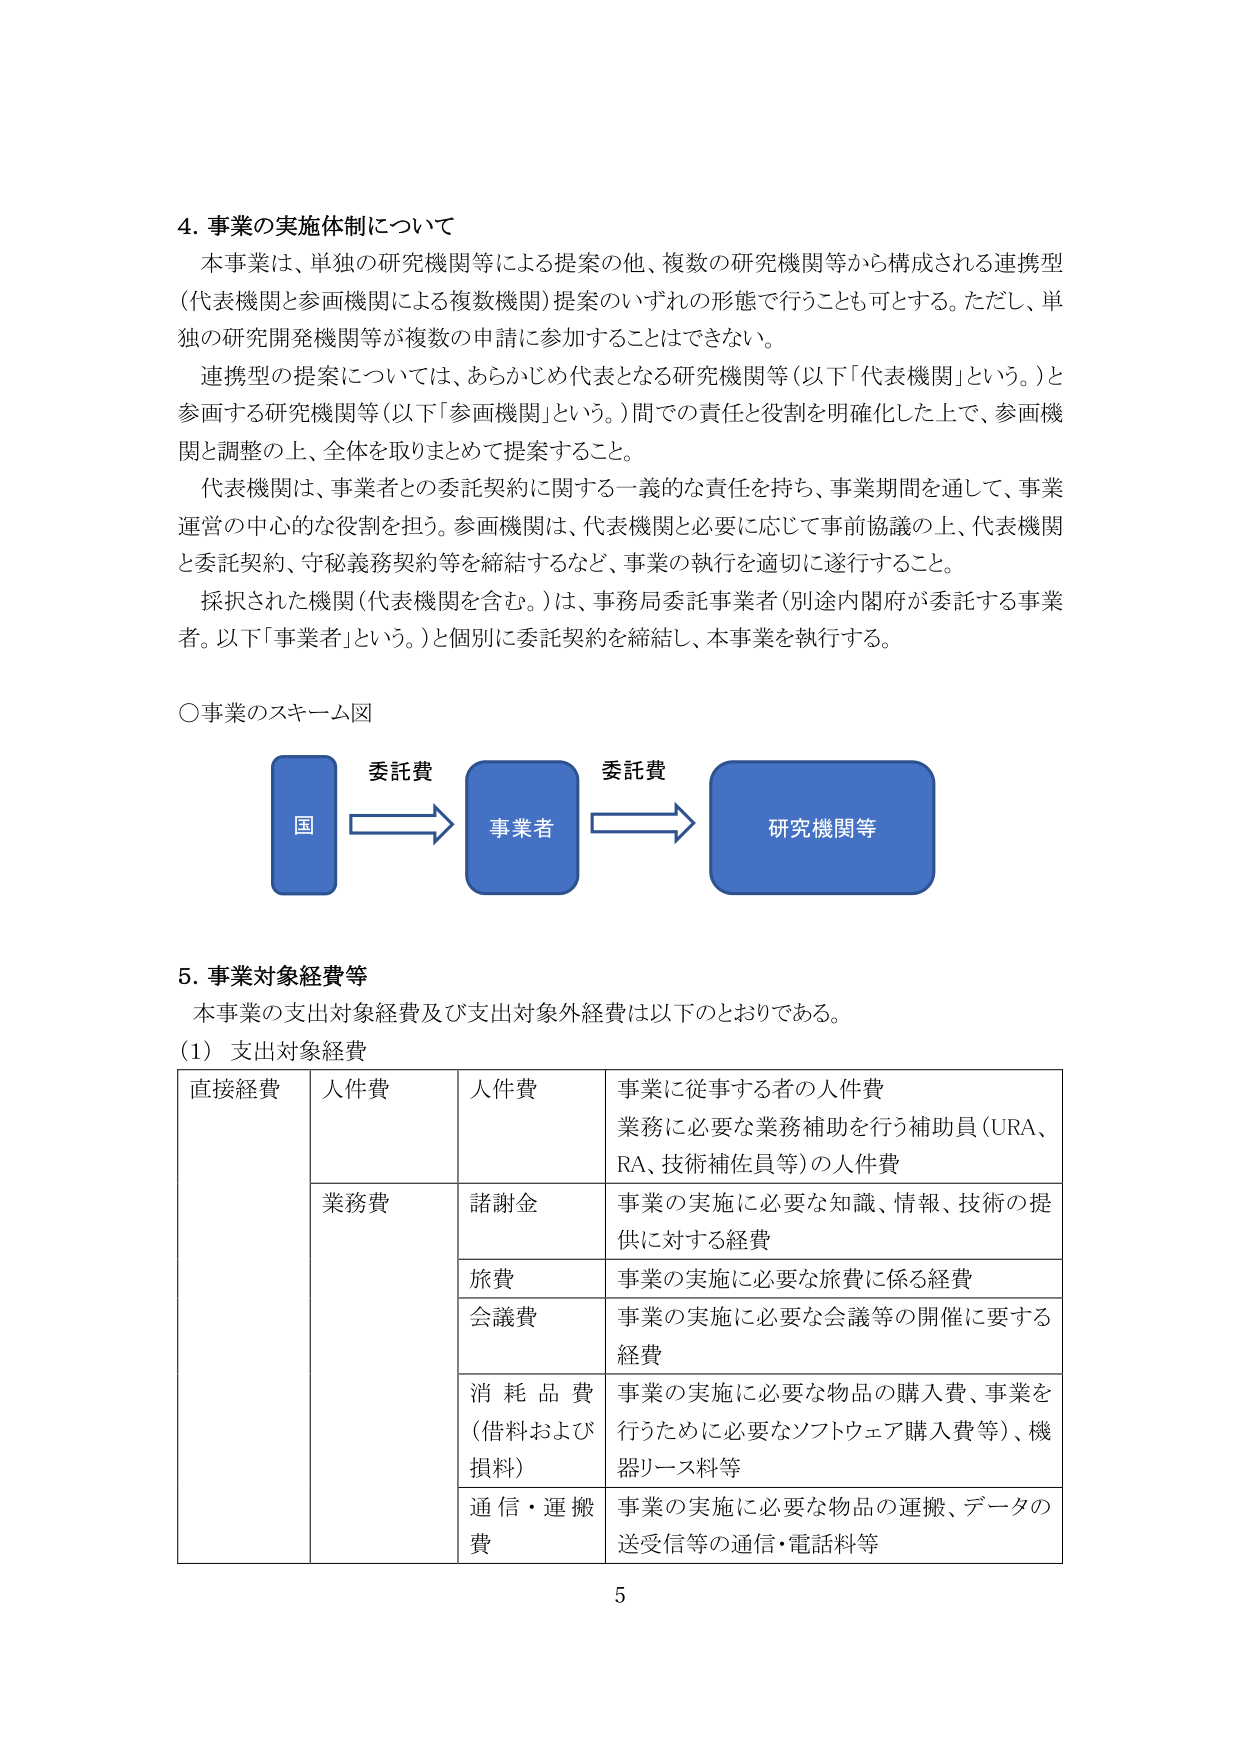
4. 事業の実施体制について
本事業は、単独の研究機関等による提案の他、複数の研究機関等から構成される連携型（代表機関と参画機関による複数機関）提案のいずれの形態で行うことも可とする。ただし、単独の研究開発機関等が複数の申請に参加することはできない。
連携型の提案については、あらかじめ代表となる研究機関等（以下「代表機関」という。）と参画する研究機関等（以下「参画機関」という。）間での責任と役割を明確化した上で、参画機関と調整の上、全体を取りまとめて提案すること。
代表機関は、事業者との委託契約に関する一義的な責任を持ち、事業期間を通じて、事業運営の中心的な役割を担う。参画機関は、代表機関と必要に応じて事前協議の上、代表機関と委託契約、守秘義務契約等を締結するなど、事業の執行を適切に遂行すること。
採択された機関（代表機関を含む。）は、事務局委託事業者（別途内閣府が委託する事業者。以下「事業者」という。）と個別に委託契約を締結し、本事業を執行する。

○事業のスキーム図
国 → 事業者 → 研究機関等
（矢印上に「委託費」の文字が2箇所）

5. 事業対象経費等
本事業の支出対象経費及び支出対象外経費は以下のとおりである。
（1）支出対象経費

| 直接経費 | 人件費 | 人件費 | 事業に従事する者の人件費
| | | | 業務に必要な業務補助を行う補助員（URA、RA、技術補佐員等）の人件費
| | 業務費 | 諸謝金 | 事業の実施に必要な知識、情報、技術の提供に対する経費
| | | 旅費 | 事業の実施に必要な旅費に係る経費
| | | 会議費 | 事業の実施に必要な会議等の開催に要する経費
| | | 消耗品費（借料および損料） | 事業の実施に必要な物品の購入費、事業を行うために必要なソフトウェア購入費等）、機器リース料等
| | | 通信・運搬費 | 事業の実施に必要な物品の運搬、データの送受信等の通信・電話料等

5